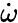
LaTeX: \dot{\omega}